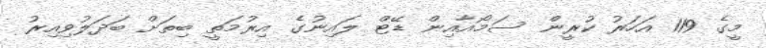
މީގެ 119 އަހަރު ކުރީން ސަމޯއާއިން ޑޭޓް ލައިނުގެ އިރުމަތީ ބިތަށް ބަދަލުވިއިރު